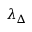
\lambda _ { \Delta }